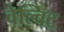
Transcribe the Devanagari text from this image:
वेल्विट